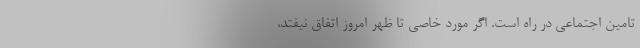
تامین اجتماعی در راه است. اگر مورد خاصی تا ظهر امروز اتفاق نیفتد،